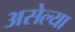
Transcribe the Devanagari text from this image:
असेल्या